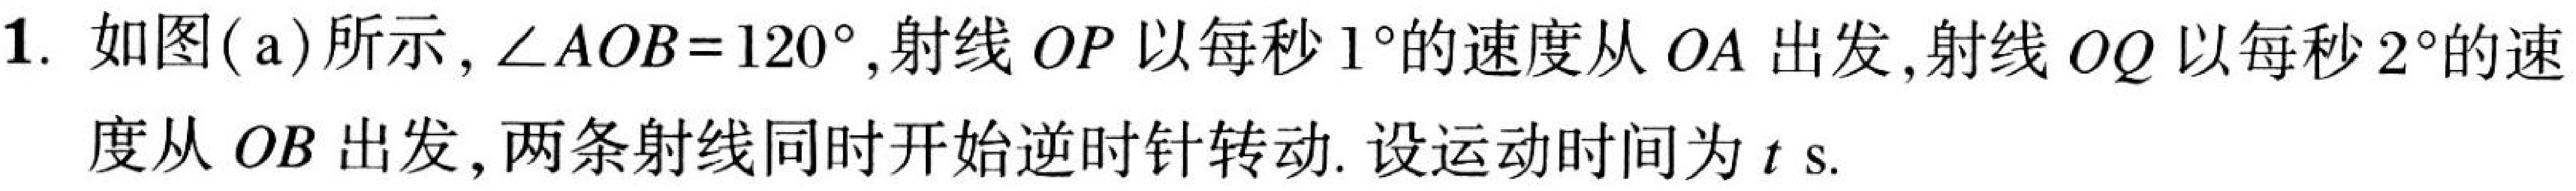
1. 如图(a)所示, \(\angle AOB = 120^{\circ}\),射线 \(OP\) 以每秒 \(1^{\circ}\)的速度从 \(OA\) 出发,射线 \(OQ\) 以每秒 \(2^{\circ}\)的速度从 \(OB\) 出发,两条射线同时开始逆时针转动. 设运动时间为 \(t\) s.